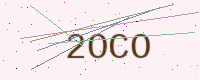
Text: 2OCO